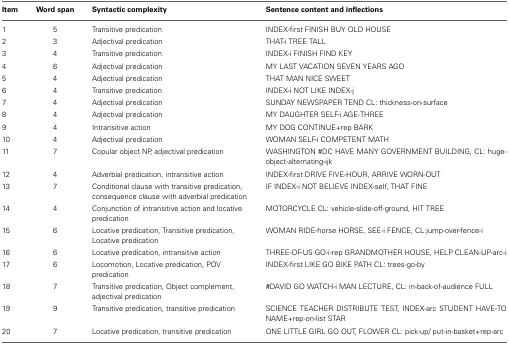
<table><thead><tr><td><b>Item</b></td><td><b>Word span</b></td><td><b>Syntactic complexity</b></td><td><b>Sentence content and inflections</b></td></tr></thead><tbody><tr><td>1</td><td>5</td><td>Transitive predication</td><td>INDEX-first FINISH BUY OLD HOUSE</td></tr><tr><td>2</td><td>3</td><td>Adjectival predication</td><td>THAT-i TREE TALL</td></tr><tr><td>3</td><td>4</td><td>Transitive predication</td><td>INDEX-i FINISH FIND KEY</td></tr><tr><td>4</td><td>6</td><td>Adjectival predication</td><td>MY LAST VACATION SEVEN YEARS AGO</td></tr><tr><td>5</td><td>4</td><td>Adjectival predication</td><td>THAT MAN NICE SWEET</td></tr><tr><td>6</td><td>4</td><td>Transitive predication</td><td>INDEX-i NOT LIKE INDEX-j</td></tr><tr><td>7</td><td>4</td><td>Adjectival predication</td><td>SUNDAY NEWSPAPER TEND CL: thickness-on-surface</td></tr><tr><td>8</td><td>4</td><td>Adjectival predication</td><td>MY DAUGHTER SELF-i AGE-THREE</td></tr><tr><td>9</td><td>4</td><td>Intransitive action</td><td>MY DOG CONTINUE+rep BARK</td></tr><tr><td>10</td><td>4</td><td>Adjectival predication</td><td>WOMAN SELF-i COMPETENT MATH</td></tr><tr><td>11</td><td>7</td><td>Copular object NP, adjectival predication</td><td>WASHINGTON #DC HAVE MANY GOVERNMENT BUILDING, CL: huge-object-alternating-ijk</td></tr><tr><td>12</td><td>4</td><td>Adverbial predication, intransitive action</td><td>INDEX-first DRIVE FIVE-HOUR, ARRIVE WORN-OUT</td></tr><tr><td>13</td><td>7</td><td>Conditional clause with transitive predication, consequence clause with adverbial predication</td><td>IF INDEX-i NOT BELIEVE INDEX-self, THAT FINE</td></tr><tr><td>14</td><td>4</td><td>Conjunction of intransitive action and locative predication</td><td>MOTORCYCLE CL: vehicle-slide-off-ground, HIT TREE</td></tr><tr><td>15</td><td>6</td><td>Locative predication, Transitive predication, Locative predication</td><td>WOMAN RIDE-horse HORSE, SEE-i FENCE, CL:jump-over-fence-i</td></tr><tr><td>16</td><td>6</td><td>Locative predication, intransitive action</td><td>THREE-OF-US GO-i-rep GRANDMOTHER HOUSE, HELP CLEAN-UP-arc-i</td></tr><tr><td>17</td><td>6</td><td>Locomotion, Locative predication, POV predication</td><td>INDEX-first LIKE GO BIKE PATH CL: trees-go-by</td></tr><tr><td>18</td><td>7</td><td>Transitive predication, Object complement, adjectival predication</td><td>#DAVID GO WATCH-i MAN LECTURE, CL: in-back-of-audience FULL</td></tr><tr><td>19</td><td>9</td><td>Transitive predication, transitive predication</td><td>SCIENCE TEACHER DISTRIBUTE TEST, INDEX-arc STUDENT HAVE-TO NAME+rep-on-list STAR</td></tr><tr><td>20</td><td>7</td><td>Locative predication, transitive predication</td><td>ONE LITTLE GIRL GO OUT, FLOWER CL: pick-up/ put-in-basket+rep-arc</td></tr></tbody></table>